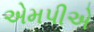
એમપીએ